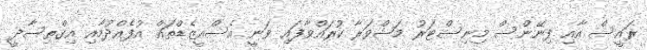
ރައީސް އާއި ފިނޭންސް މިނިސްޓަރު މަޝްވަރާ ކުރައްވާފައި ވަނީ އެސްއީޒެޑްތައް އުފެއްދުމާއި އިގްތިސާދީ